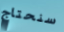
سنحتاج